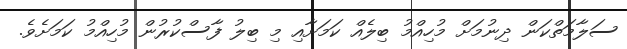
ސަލާމަތްކަން ދިނުމަށް މުހިއްމު ބިލެއް ކަމަށާއި މި ބިލު ފާސްކުރުން މުހިއްމު ކަމަށެވެ.